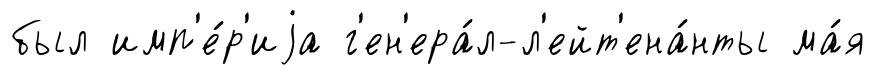
был имп'е́р'иjа г'ен'ера́л-л'ейт'ена́нты ма́я